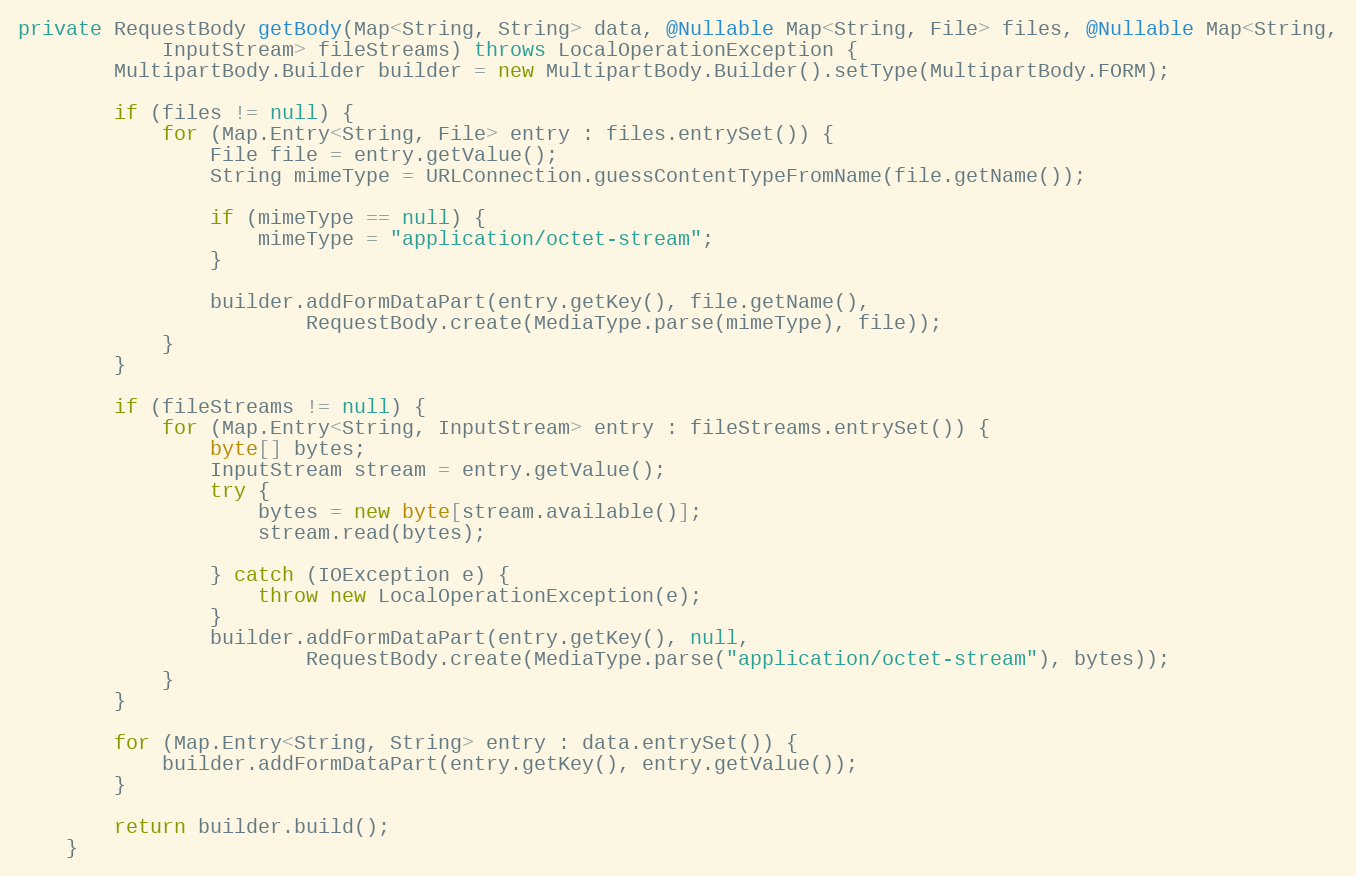
Language: Java
private RequestBody getBody(Map<String, String> data, @Nullable Map<String, File> files, @Nullable Map<String,
            InputStream> fileStreams) throws LocalOperationException {
        MultipartBody.Builder builder = new MultipartBody.Builder().setType(MultipartBody.FORM);

        if (files != null) {
            for (Map.Entry<String, File> entry : files.entrySet()) {
                File file = entry.getValue();
                String mimeType = URLConnection.guessContentTypeFromName(file.getName());

                if (mimeType == null) {
                    mimeType = "application/octet-stream";
                }

                builder.addFormDataPart(entry.getKey(), file.getName(),
                        RequestBody.create(MediaType.parse(mimeType), file));
            }
        }

        if (fileStreams != null) {
            for (Map.Entry<String, InputStream> entry : fileStreams.entrySet()) {
                byte[] bytes;
                InputStream stream = entry.getValue();
                try {
                    bytes = new byte[stream.available()];
                    stream.read(bytes);

                } catch (IOException e) {
                    throw new LocalOperationException(e);
                }
                builder.addFormDataPart(entry.getKey(), null,
                        RequestBody.create(MediaType.parse("application/octet-stream"), bytes));
            }
        }

        for (Map.Entry<String, String> entry : data.entrySet()) {
            builder.addFormDataPart(entry.getKey(), entry.getValue());
        }

        return builder.build();
    }